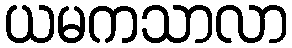
ယမကသာလာ